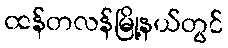
ထန်တလန်မြို့နယ်တွင်